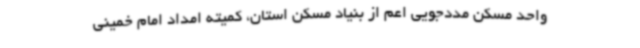
واحد مسکن مددجویی اعم از بنیاد مسکن استان، کمیته امداد امام خمینی